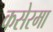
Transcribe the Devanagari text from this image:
कसेरमा